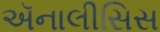
ઍનાલીસિસ